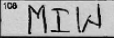
Transcription: MIW